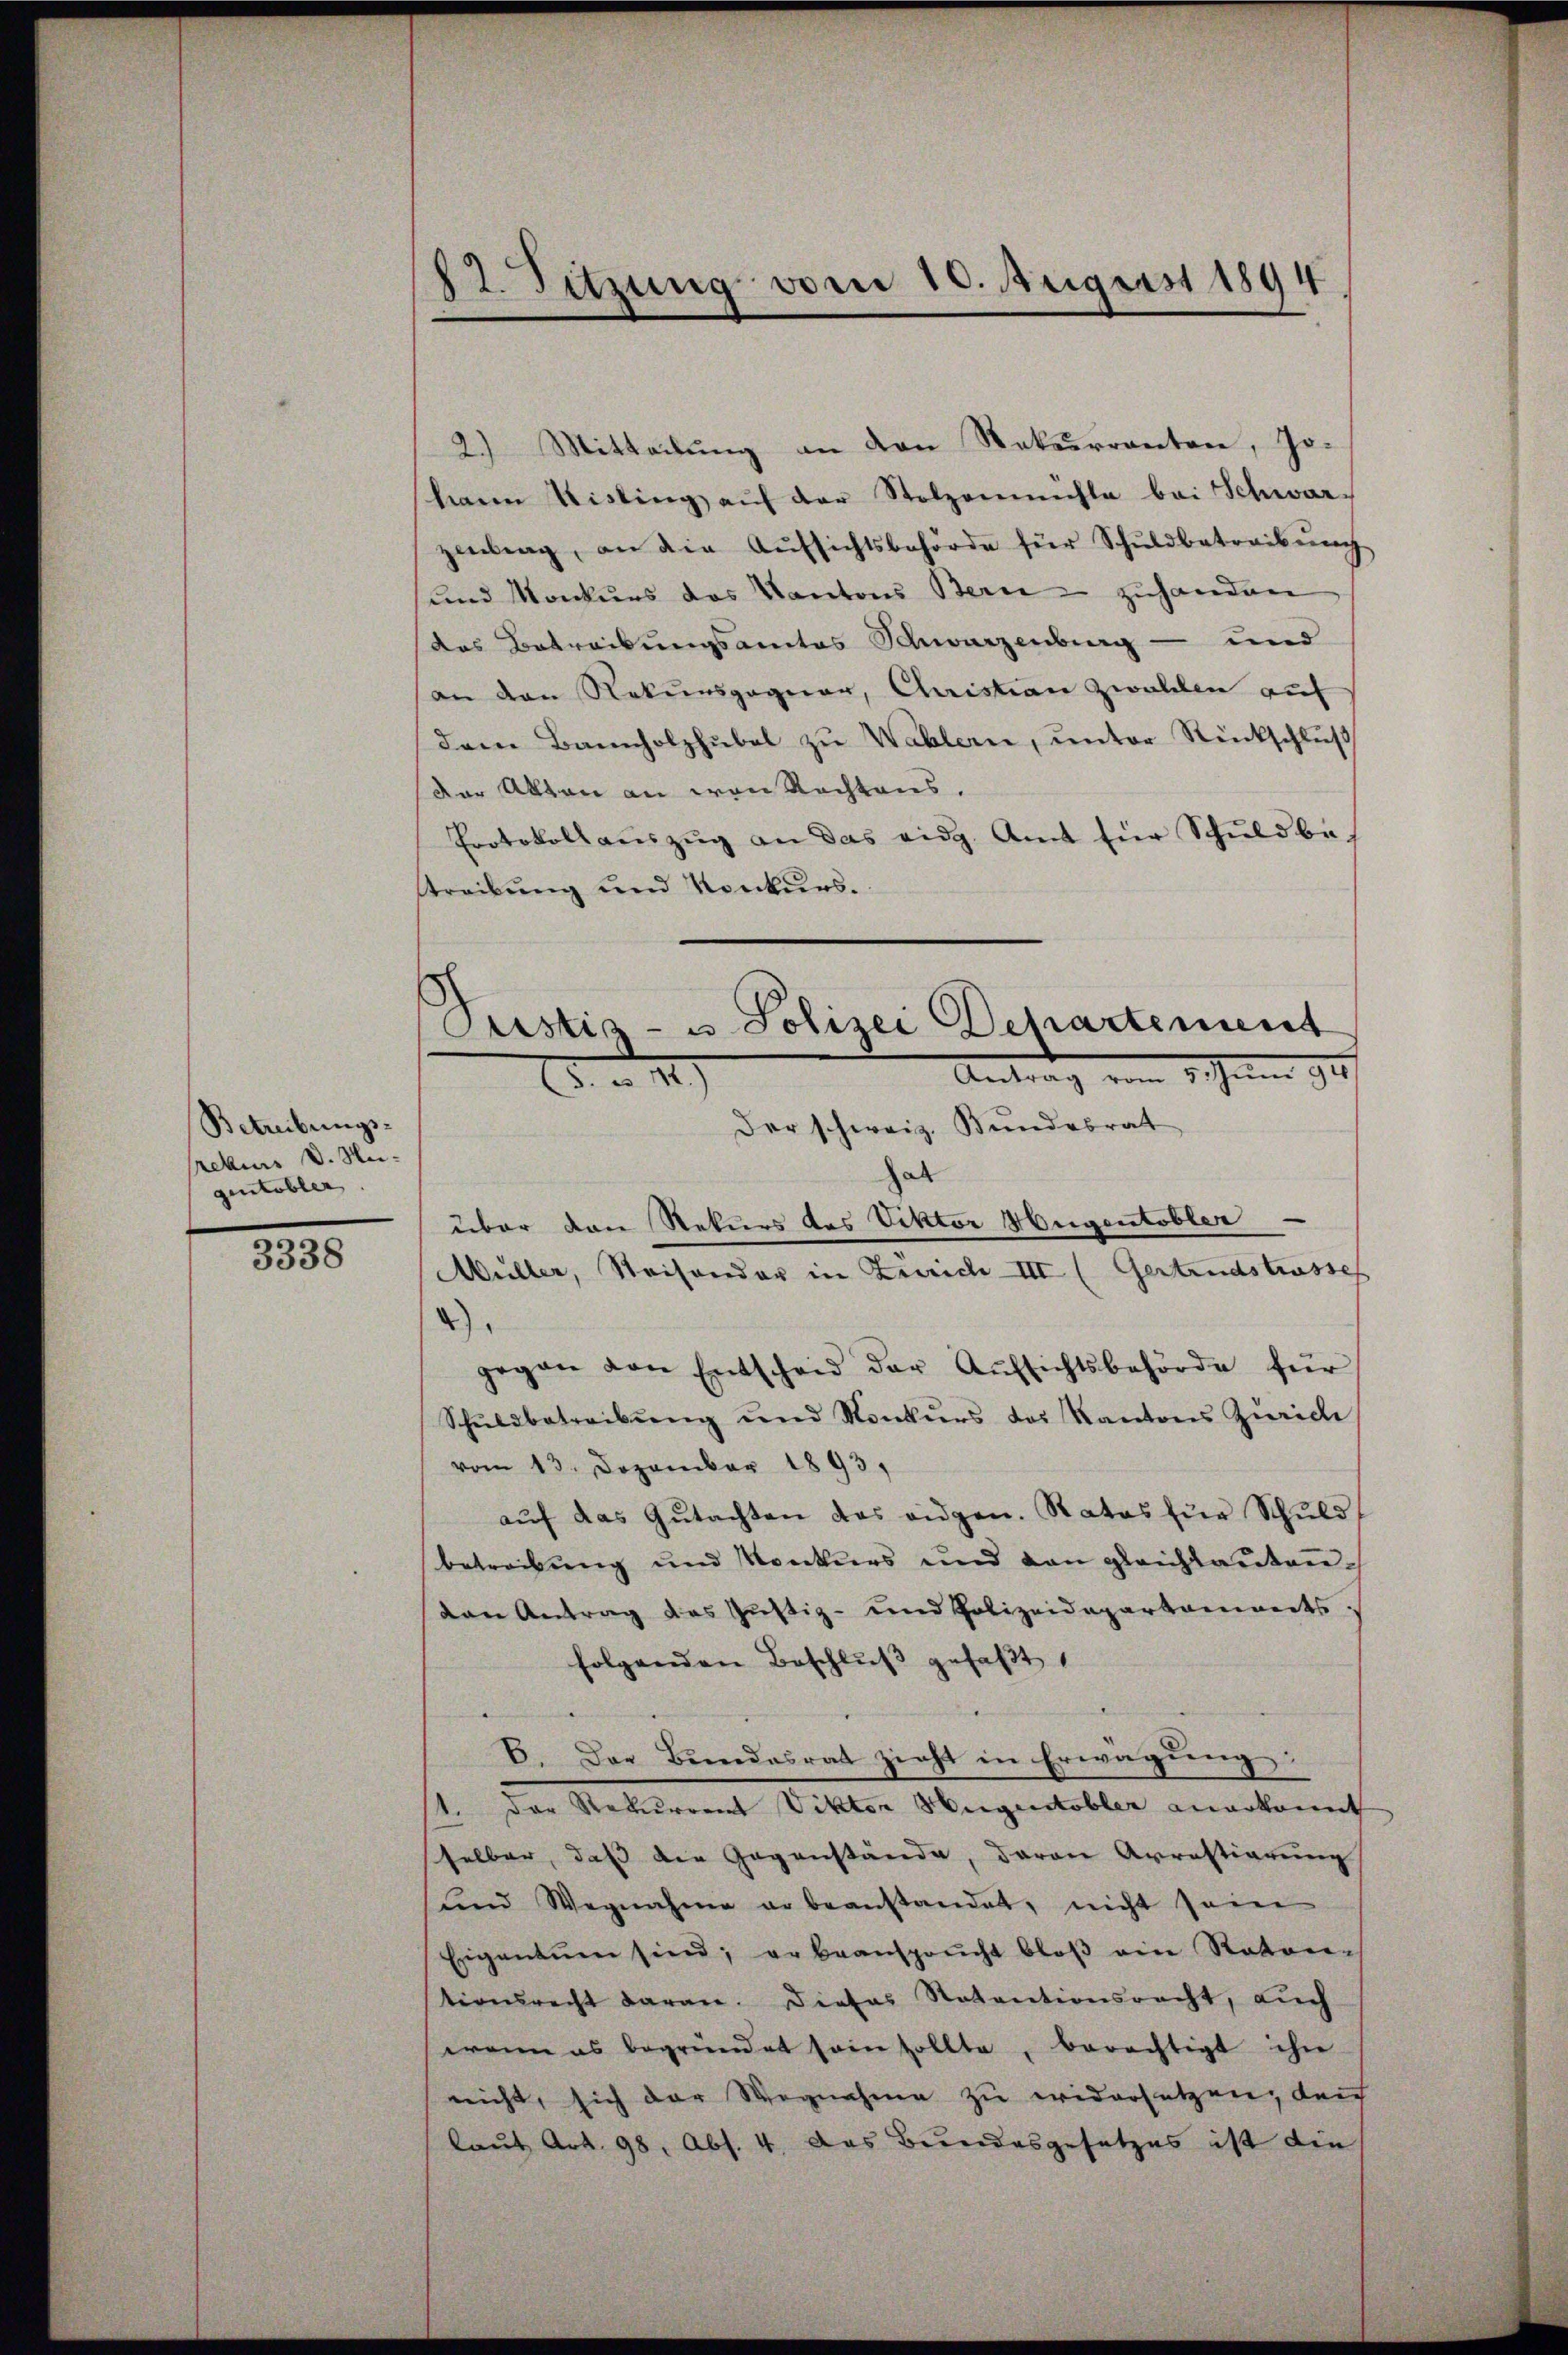
Betreibungs-
rekurs v. Na-
gentobler.

3338

82. Sitzung vom 10. August 1894

2.) Mitteilung an den Rekurrenten, Jo-
hann Risting aŭf der Stolzenmühle bei Schwar-
zentrag, an die Aŭfsichtsbehörde für Schuldbetreibŭng
und Monkurs des Kantons Bern - zuhanden
das Betreibungsamtes Schwarzenburg - und
an den Rekursgagier, Christian zwahlen auf
dem Bannholzhübel zu Wahlern, unter Rückschluß
der Akten an von Rechtens,
Protokoll aŭszŭg an das eidg. Amt für Schuldbe-
treibung und Konkurs.
Der schweiz. Bundesrat
hab
über den Rekurs des Viktor Hugentobler
Müller, Saisonder in Zürich III (Gertrudstrasses
2)
gegen von Entscheid der Aŭfsichtsbehörde für
Schŭldbetreibŭng und Konkŭrs des Kantons Zürich
vom 13. Dezember 1893.
aŭf das Gŭtachten das eidgen. Rates für Schŭld
betreibung und Konkurs und den gleichlautendan Antrag des Justiz- und Polizeidepartaments.
folgenden Beschlŭβ gefaßt
E. Der Bundesrat zieht in Erwägung:
1. Der Rekurrent Viktor Hugentobler anerkannt
selber, daß die Gegenstände, daran Arrastiarung
ŭnd Wegnahme er beanstandet, nicht sein
Eigentuen sind; er beansprucht bloß ein Raten-
tionsrecht daran. Dieses Notentionsracht, auch
wann es begründet sein sollte, berechtigt ihn
nicht, sich der Wegnahme zu widersetzen, den
laut Art. 98, Abs. 4. Das Bundesgesetzes ist die

Pristis- u. Polizei Departement
.Juni 194
2. 11